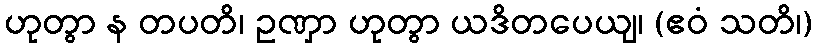
ဟုတွာ န တပတိ၊ ဥဏှာ ဟုတွာ ယဒိတပေယျ၊ (ဧဝံ သတိ၊)